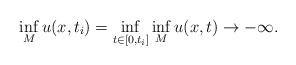
LaTeX: \begin{align*}\inf_M u(x,t_i) = \inf_{t\in [0,t_i]} \inf_M u(x,t) \rightarrow - \infty.\end{align*}